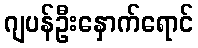
ဂျပန်ဦးနှောက်ရောင်